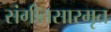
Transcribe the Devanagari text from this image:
संगीतसारमृत